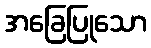
အခြေပြုသော